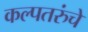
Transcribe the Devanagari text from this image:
कल्पतरुंचे